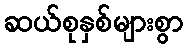
ဆယ်စုနှစ်များစွာ